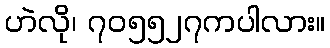
ဟဲလို၊ ၇၀၅၅၂၇ကပါလား။